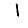
Digit: 1